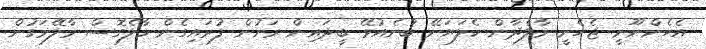
އެހެންނޫނީ ޖެހެނީ މާލެދާން ކެލަޔަށޭ ބުނެއުޅޭ ބީދައިން ރަށުން ފުރައިގެން މާލެގޮސް މާލޭމަގުން